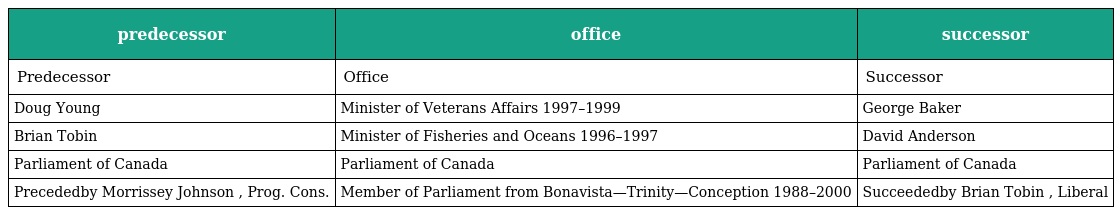
| predecessor | office | successor |
 | --- | --- | --- |
 | Predecessor | Office | Successor |
 | Doug Young | Minister of Veterans Affairs 1997–1999 | George Baker |
 | Brian Tobin | Minister of Fisheries and Oceans 1996–1997 | David Anderson |
 | Parliament of Canada | Parliament of Canada | Parliament of Canada |
 | Precededby Morrissey Johnson , Prog. Cons. | Member of Parliament from Bonavista—Trinity—Conception 1988–2000 | Succeededby Brian Tobin , Liberal |